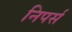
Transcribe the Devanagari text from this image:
निपर्स